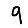
Digit: 9